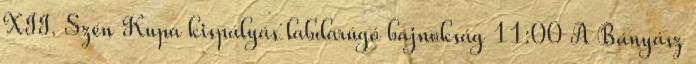
XII. Szén Kupa kispályás labdarúgó bajnokság 11:00 A Bányász